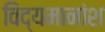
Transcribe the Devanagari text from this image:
विद्यमानांश